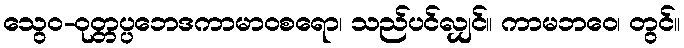
သွေဝ-ဝုတ္တပ္ပဘေဒကာမာဝစရော၊ သည်ပင်လျှင်။ ကာမဘဝေ၊ တွင်။